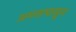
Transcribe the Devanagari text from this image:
अम्लापासून